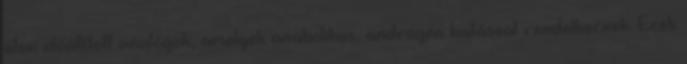
úton előállított analógok, amelyek anabolikus, androgén hatással rendelkeznek. Ezek